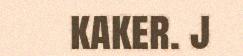
kaker. j